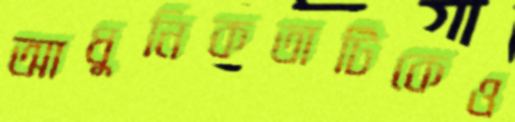
আধুনিকতাটিকেও